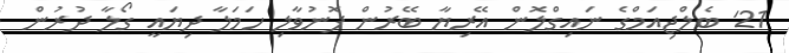
21' ބެލްޖިއަމްގެ ނައިގްލޮން އޭރިޔާ ބޭރުން ފޮނުވާލި ހަމަލާ ދިޔައީ ގޯލާ ދުރުން